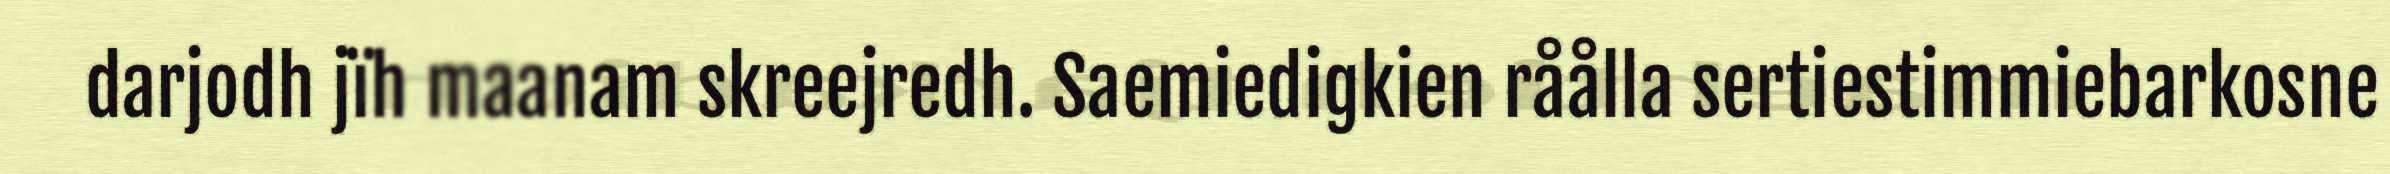
darjodh jïh maanam skreejredh. Saemiedigkien råålla sertiestimmiebarkosne